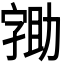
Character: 𭓖